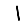
Digit: 1